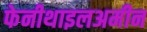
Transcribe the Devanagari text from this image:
फेनीथाइलअमीन